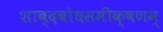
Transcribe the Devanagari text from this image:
शाब्दबोधसमीक्षणम्